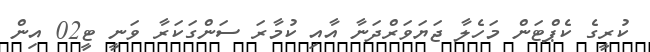
ކުރީގެ ކެޕްޓަން މަހެލާ ޖަޔަވަރްދަނާ އާއި ކުމާރަ ސަންގަކަރާ ވަނީ ޓީ02 އިން